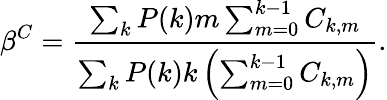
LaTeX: \beta^{C}=\frac{\sum_{k}P(k)m\sum_{m=0}^{k-1}C_{k,m}}{\sum_{k}P(k)k\left(\sum_{m=0}^{k-1}C_{k,m}\right)}.